Elephants and their diseases
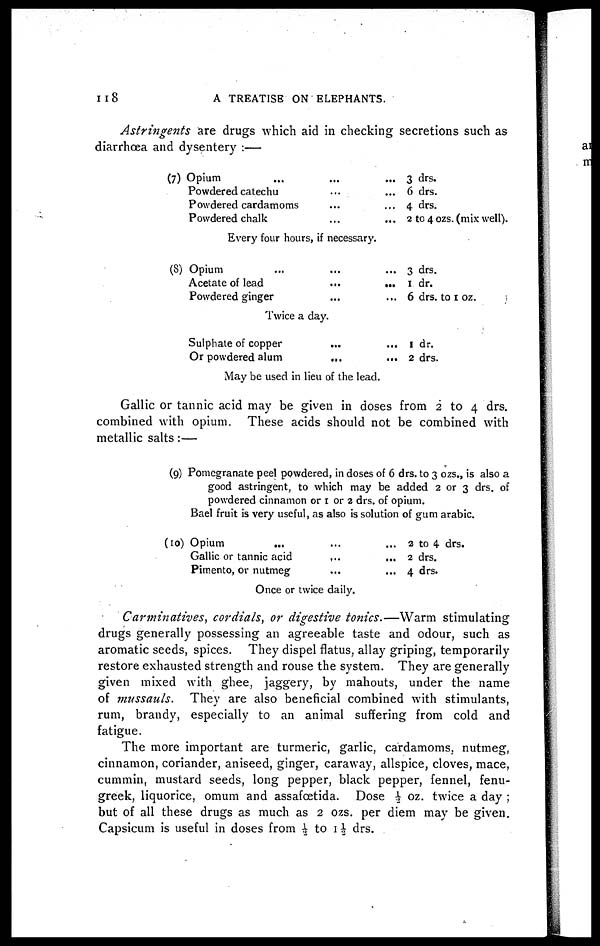
118
A TREATISE ON ELEPHANTS.
Astringents are drugs which aid in checking secretions such as
diarrhoea and dysentery :—
(7)
(8)
Opium......
Powdered catechu......
Powdered cardamoms......
Powdered chalk......
3 drs.
6 drs.
4 drs.
2 to 4 ozs. (mix well).
Every four hours, if necessary.
Opium
Acetate of lead......
Powdered ginger......
3 drs.
1 dr.
6 drs. to 1 oz.
Twice a day.
Sulphate of copper......
Or powdered alum......
1 dr.
2 drs.
May be used in lieu of the lead.
Gallic or tannic acid may be given in doses from 2 to 4 drs.
combined with opium. These acids should not be combined with
metallic salts:—
(9) Pomegranate peel powdered, in doses of 6 drs. to 3 ozs., is also a
good astringent, to which may be added 2 or 3 drs. of
powdered cinnamon on 1 or 2 drs. of opium.
Bael fruit is very useful, as also is solution of gum arabic.
(10) Opium ......
Gallic or tannic acid..
Pimento, or nutmeg...
... 2 to 4 drs.
... 2 drs.
... 4 drs.
Once or twice daily.
Carminatives, cordials, or digestive tonics.—Warm stimulating
drugs generally possessing an agreeable taste and odour, such as
aromatic seeds, spices. They dispel flatus, allay griping, temporarily
restore exhausted strength and rouse the system. They are generally
given mixed with ghee, jaggery, by mahouts, under the name
of mussauls. They are also beneficial combined with stimulants,
rum, brandy, especially to an animal suffering from cold and
fatigue.
The more important are turmeric, garlic, cardamoms, nutmeg,
cinnamon, coriander, aniseed, ginger, caraway, allspice, cloves, mace,
cummin, mustard seeds, long pepper, black pepper, fennel, fenu-
greek, liquorice, omum and assafœtida. Dose ½ oz. twice a day ;
but of all these drugs as much as 2 ozs. per diem may be given.
Capsicum is useful in doses from ½ to 1½ drs.